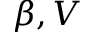
\beta , V